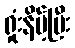
ရှုံးနိမ့်ပြီး